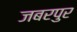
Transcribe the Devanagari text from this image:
जबरपुर